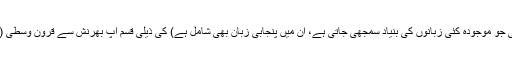
یہ شوراسنی زبان (یہ زبان وسطی ہند آریائی زبان تھی جو موجودہ کئی زبانوں کی بنیاد سمجھی جاتی ہے، ان میں پنجابی زبان بھی شامل ہے) کی ذیلی قسم اپ بھرنش سے قرون وسطٰی (چھٹی سے تیرہویں صدی) کے درمیان وجود میں آئی۔